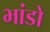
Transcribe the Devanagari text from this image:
भांडो